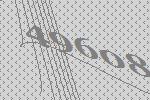
49608